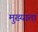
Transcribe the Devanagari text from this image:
मुख्याता